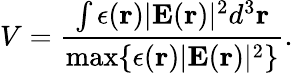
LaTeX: V=\frac{\int\epsilon(\mathbf{r})|\mathbf{E}(\mathbf{r})|^{2}d^{3}\mathbf{r}}{\operatorname*{max}\{ \epsilon(\mathbf{r})|\mathbf{E}(\mathbf{r})|^{2}\} }.